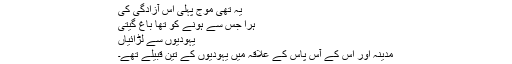
یہ تھی موج پہلی اس آزادگی کی
ہرا جس سے ہونے کو تھا باغِ گیتی
یہودیوں سے لڑائیاں
مدینہ اور اس کے آس پاس کے علاقہ میں یہودیوں کے تین قبیلے تھے۔